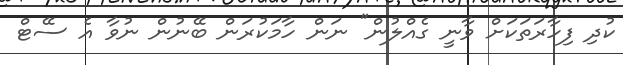
ކުދި ފިހާރަތަކަށް ވާނީ ގެއްލުން" ނަން ހާމަކުރަން ބޭނުން ނުވާ އެ ސޭޓް